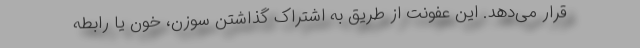
قرار می‌دهد. این عفونت از طریق به اشتراک گذاشتن سوزن، خون یا رابطه